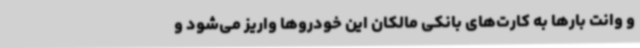
و وانت بارها به کارت‌های بانکی مالکان این خودروها واریز می‌شود و